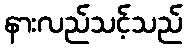
နားလည်သင့်သည်